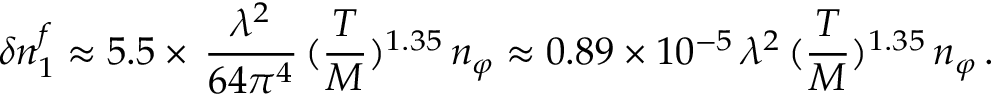
\delta n _ { 1 } ^ { f } \approx 5 . 5 \times \, \frac { \lambda ^ { 2 } } { 6 4 \pi ^ { 4 } } \, ( \frac { T } { M } ) ^ { 1 . 3 5 } \, n _ { \varphi } \approx 0 . 8 9 \times 1 0 ^ { - 5 } \, \lambda ^ { 2 } \, ( \frac { T } { M } ) ^ { 1 . 3 5 } \, n _ { \varphi } \, .